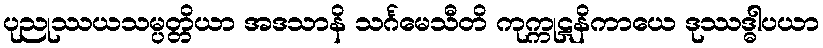
ပုညုဿယသမ္ပတ္တိယာ အဒသာနိ သင်္ဂမေသီတိ ကုက္ကုဋနိကာယေ ဒုဿဒ္ဓါပယာ